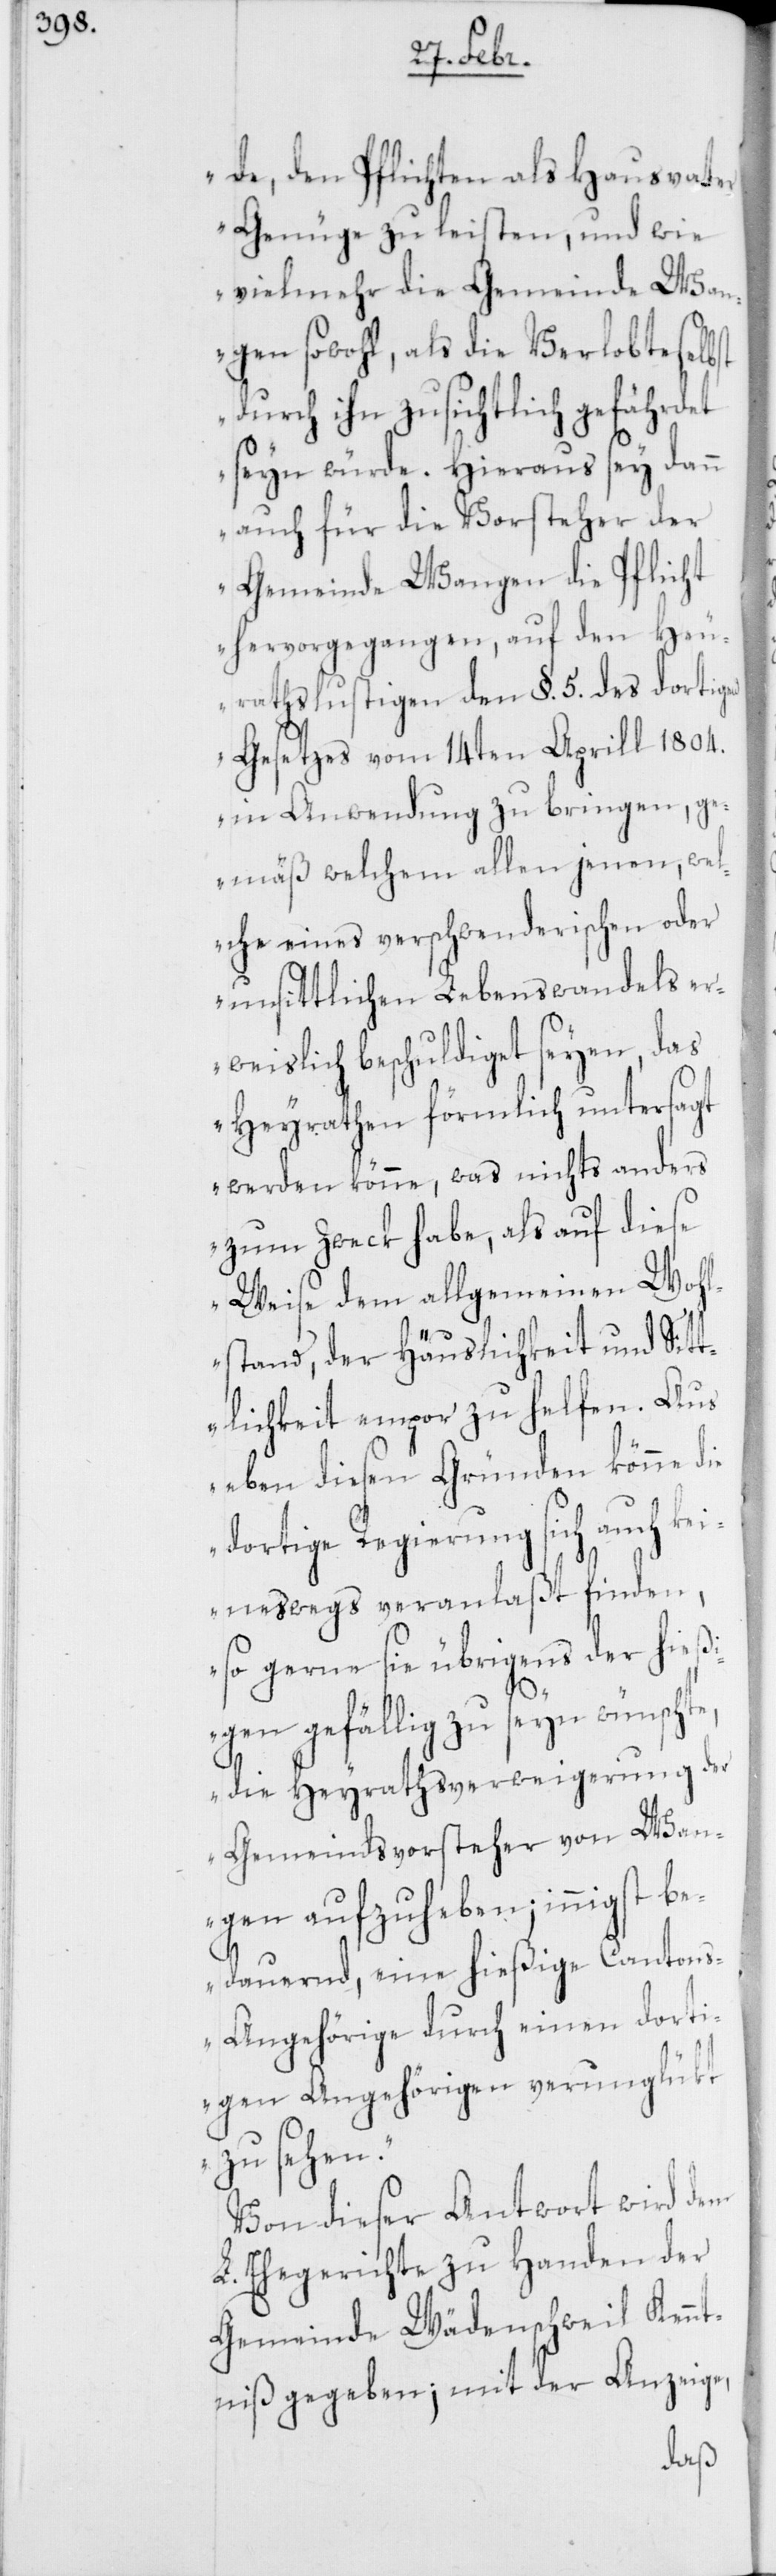
de, den Pflichten als Hausvater
Genüge zu leisten, und wie
vielmehr die Gemeinde Wan¬
gen sowohl, als die Verlobte selbst
durch ihn zusichtlich gefährdet
seyn würde. Hieraus sey dann
auch für die Vorsteher der
Gemeinde Wangen die Pflicht
hervorgegangen, auf den Heu¬
rathslustigen den §. 5. des dortigen
Gesetzes vom 14ten Aprill 1804.
in Anwendung zu bringen, ge¬
mäß welchem allen jenen, wel¬
che eines verschwenderischen oder
unsittlichen Lebenswandels er¬
weislich beschuldiget seyen, das
Heyrathen förmlich untersagt
werden könne, was nichts anders
zum Zweck habe, als auf diese
Weise dem allgemeinen Wohl¬
e,
stand, der Häuslichkeit und Sitt¬
lichkeit empor zu helfen. Aus
eben diesen Gründen könne die
dortige Regierung sich auch kei¬
neswegs veranlaßt finden,
so gerne sie übrigens der hieß¬
igen gefällig zu seyn wünscht¬
die Heyrathsverweigerung der
Gemeindsvorsteher von Wan¬
gen aufzuheben; innigst be¬
dauernd, eine hießige Canton¬
s-Angehörige durch einen dorti¬
gen Angehörigen verunglükt
zu sehen.“
Von dieser Antwort wird dem
L. Ehegerichte zu Handen der
Gemeinde Wädenschweil Kennt¬
niß gegeben; mit der Anzeige,